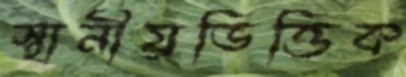
স্থানীয়ভিত্তিক